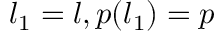
l _ { 1 } = l , p ( l _ { 1 } ) = p